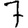
Digit: 7